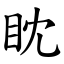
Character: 眈